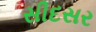
સીદસર